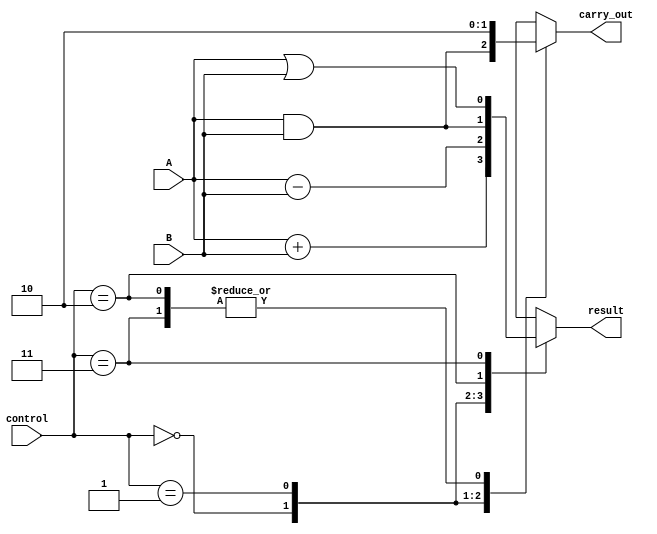
module ALU_1bit (
    input wire A,
    input wire B,
    input wire [1:0] control,
    output wire result,
    output wire carry_out
);

wire add_result, sub_result, and_result, or_result, xor_result;

assign add_result = A + B;
assign sub_result = A - B;
assign and_result = A & B;
assign or_result = A | B;
assign xor_result = A ^ B;

always @(*)
begin
    case(control)
        2'b00: begin // Addition operation
            result = add_result;
            carry_out = (A & B);
        end
        2'b01: begin // Subtraction operation
            result = sub_result;
            carry_out = 1; // No carry out for subtraction
        end
        2'b10: begin // AND operation
            result = and_result;
            carry_out = 0; // No carry out for AND
        end
        2'b11: begin // OR operation
            result = or_result;
            carry_out = 0; // No carry out for OR
        end
        default: begin
            result = 1'b0; // Default output for undefined control input
            carry_out = 0; // Default carry out for undefined control input
        end
    endcase
end

endmodule